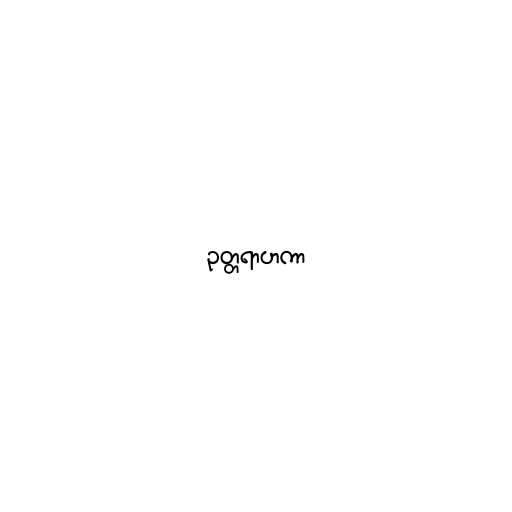
ဥတ္တရာဟကာ